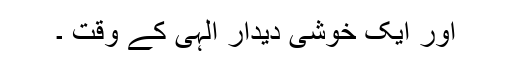
اور ایک خوشی دیدارِ الٰہی کے وقت ۔